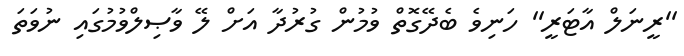
''ރީނަލް އާޓަރީ'' ހަނިވެ ބެދޭގޮތް ވުމުން ގުރުދާ އަށް ލޭ ވާޞިލްވުމުގައި ނުވަތަ